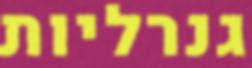
גנרליות